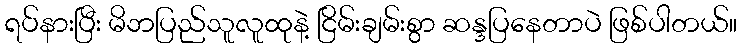
ရပ်နားပြီး မိဘပြည်သူလူထုနဲ့ ငြိမ်းချမ်းစွာ ဆန္ဒပြနေတာပဲ ဖြစ်ပါတယ်။